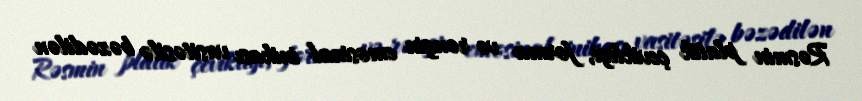
Rəsmin platik çevikliyi, forma və rəngin emosinal inikası vasitəsilə bəzədilən